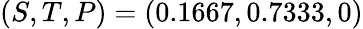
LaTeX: (S,T,P)=(0.1667,0.7333,0)